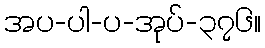
အပ-ပါ-ပ-အုပ်-၃၇၆။